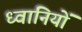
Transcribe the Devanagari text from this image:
ध्वानियों